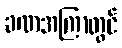
ခဏအကြာတွင်